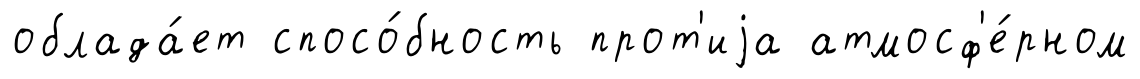
облада́ет спосо́бность прот'иjа атмосф'е́рном